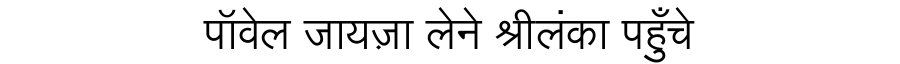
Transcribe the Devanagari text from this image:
पॉवेल जायज़ा लेने श्रीलंका पहुँचे